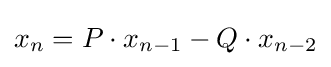
x_{n}=P\cdot x_{n-1}-Q\cdot x_{n-2}